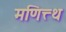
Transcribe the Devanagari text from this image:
मणित्त्थ